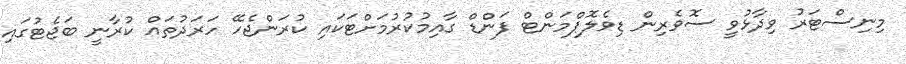
މިނިސްޓަރު ވިދާޅުވީ ސޮވެރިން ޑިވެލޮޕްމަންޓް ފަންޑް ގާއިމުކުރުމަށްޓަކައި ކުރަންޖެހޭ ހަރަދުތައް ކުރާނީ ބަޖެޓުގައި